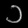
Digit: ၁